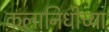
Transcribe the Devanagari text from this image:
कलानिधीच्या